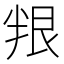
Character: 𠦯